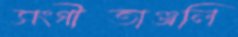
সংগীতাঞ্জলি